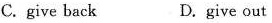
C. give back D. give out